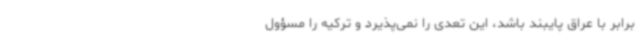
برابر با عراق پایبند باشد، این تعدی را نمی‌پذیرد و ترکیه را مسؤول